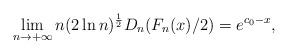
LaTeX: \begin{align*}&\lim_{n\to+\infty}n(2\ln n)^{\frac{1}{2}} D_n(F_n(x)/2) =e^{ c_0-x},\end{align*}